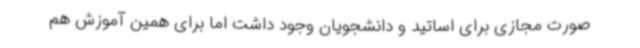
صورت مجازی برای اساتید و دانشجویان وجود داشت اما برای همین آموزش هم